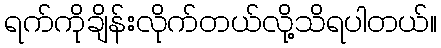
ရက်ကိုချိန်းလိုက်တယ်လို့သိရပါတယ်။